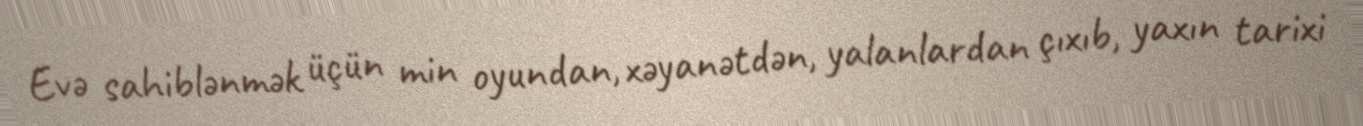
Evə sahiblənmək üçün min oyundan, xəyanətdən, yalanlardan çıxıb, yaxın tarixi